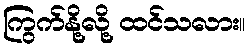
ကြွက်နို့လို့ ထင်သလား။